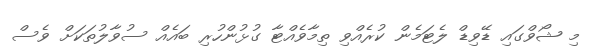
މި ޝޯވްގައި ޑޭވިޑް ލެޓަމެން ކުރެއްވި ތިމާވެއްޓާ ގުޅުންހުރި ބައެއް ސުވާލުތަކަށް ވެސް